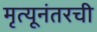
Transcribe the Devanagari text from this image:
मृत्यूनंतरची